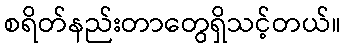
စရိတ်နည်းတာတွေရှိသင့်တယ်။